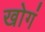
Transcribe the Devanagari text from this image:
खोगं